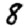
Digit: 8